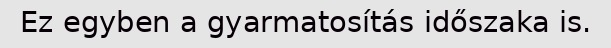
Ez egyben a gyarmatosítás időszaka is.